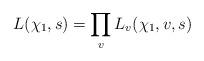
LaTeX: \begin{align*}L(\chi_1,s)=\prod_v L_v(\chi_1,v,s)\end{align*}